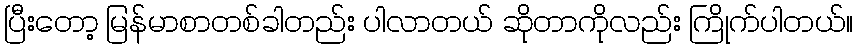
ပြီးတော့ မြန်မာစာတစ်ခါတည်း ပါလာတယ် ဆိုတာကိုလည်း ကြိုက်ပါတယ်။